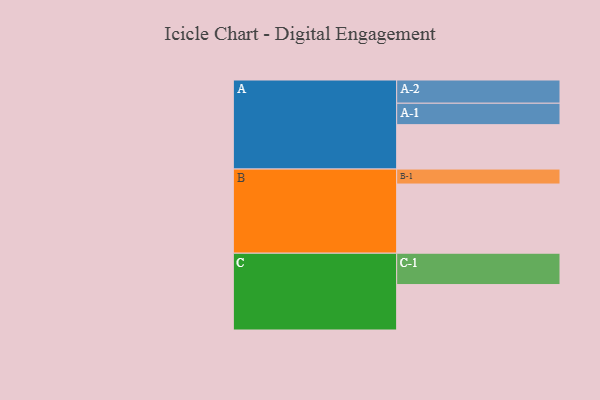
{"axis": {"x": "Segment", "y": "Value"}, "legend": ["", "A", "B", "C"], "data": [{"x": "A", "y": 344, "type": ""}, {"x": "B", "y": 536, "type": ""}, {"x": "C", "y": 352, "type": ""}, {"x": "A-1", "y": 166, "type": "A"}, {"x": "A-2", "y": 180, "type": "A"}, {"x": "B-1", "y": 116, "type": "B"}, {"x": "C-1", "y": 243, "type": "C"}]}